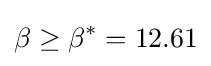
\beta \geq \beta ^{*}=12.61